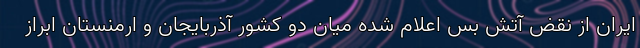
ایران از نقض آتش بس اعلام شده میان دو کشور آذربایجان و ارمنستان ابراز